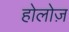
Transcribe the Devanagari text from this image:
होलोज़